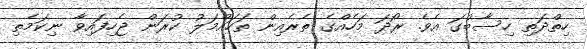
ހިތްދަތި ހިސާބުގަ އެވެ. ރޯދަ މަހެއްގެ ތެރެއިން ތަހައްމަލު ކުރަން ޖެހިފައިވާ ނިކަމެތި